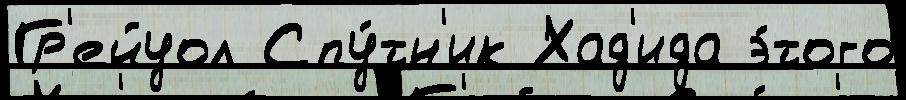
Гр'ейуол Спу́тн'ик Хад'ида э́того